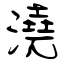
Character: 澆